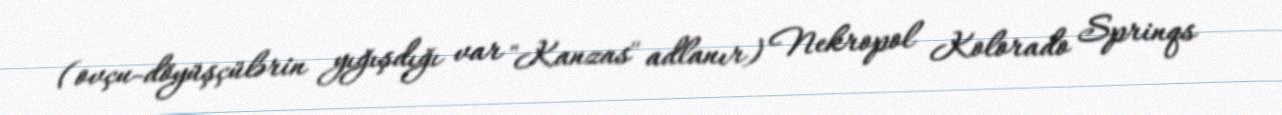
(ovçu-döyüşçülərin yığışdığı var "Kanzas" adlanır) Nekropol Kolorado Sprinqs